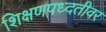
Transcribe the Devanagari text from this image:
शिक्षणपध्दतीवर